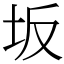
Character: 坂